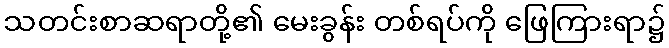
သတင်းစာဆရာတို့၏ မေးခွန်း တစ်ရပ်ကို ဖြေကြားရာ၌